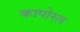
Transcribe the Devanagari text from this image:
कापोरल